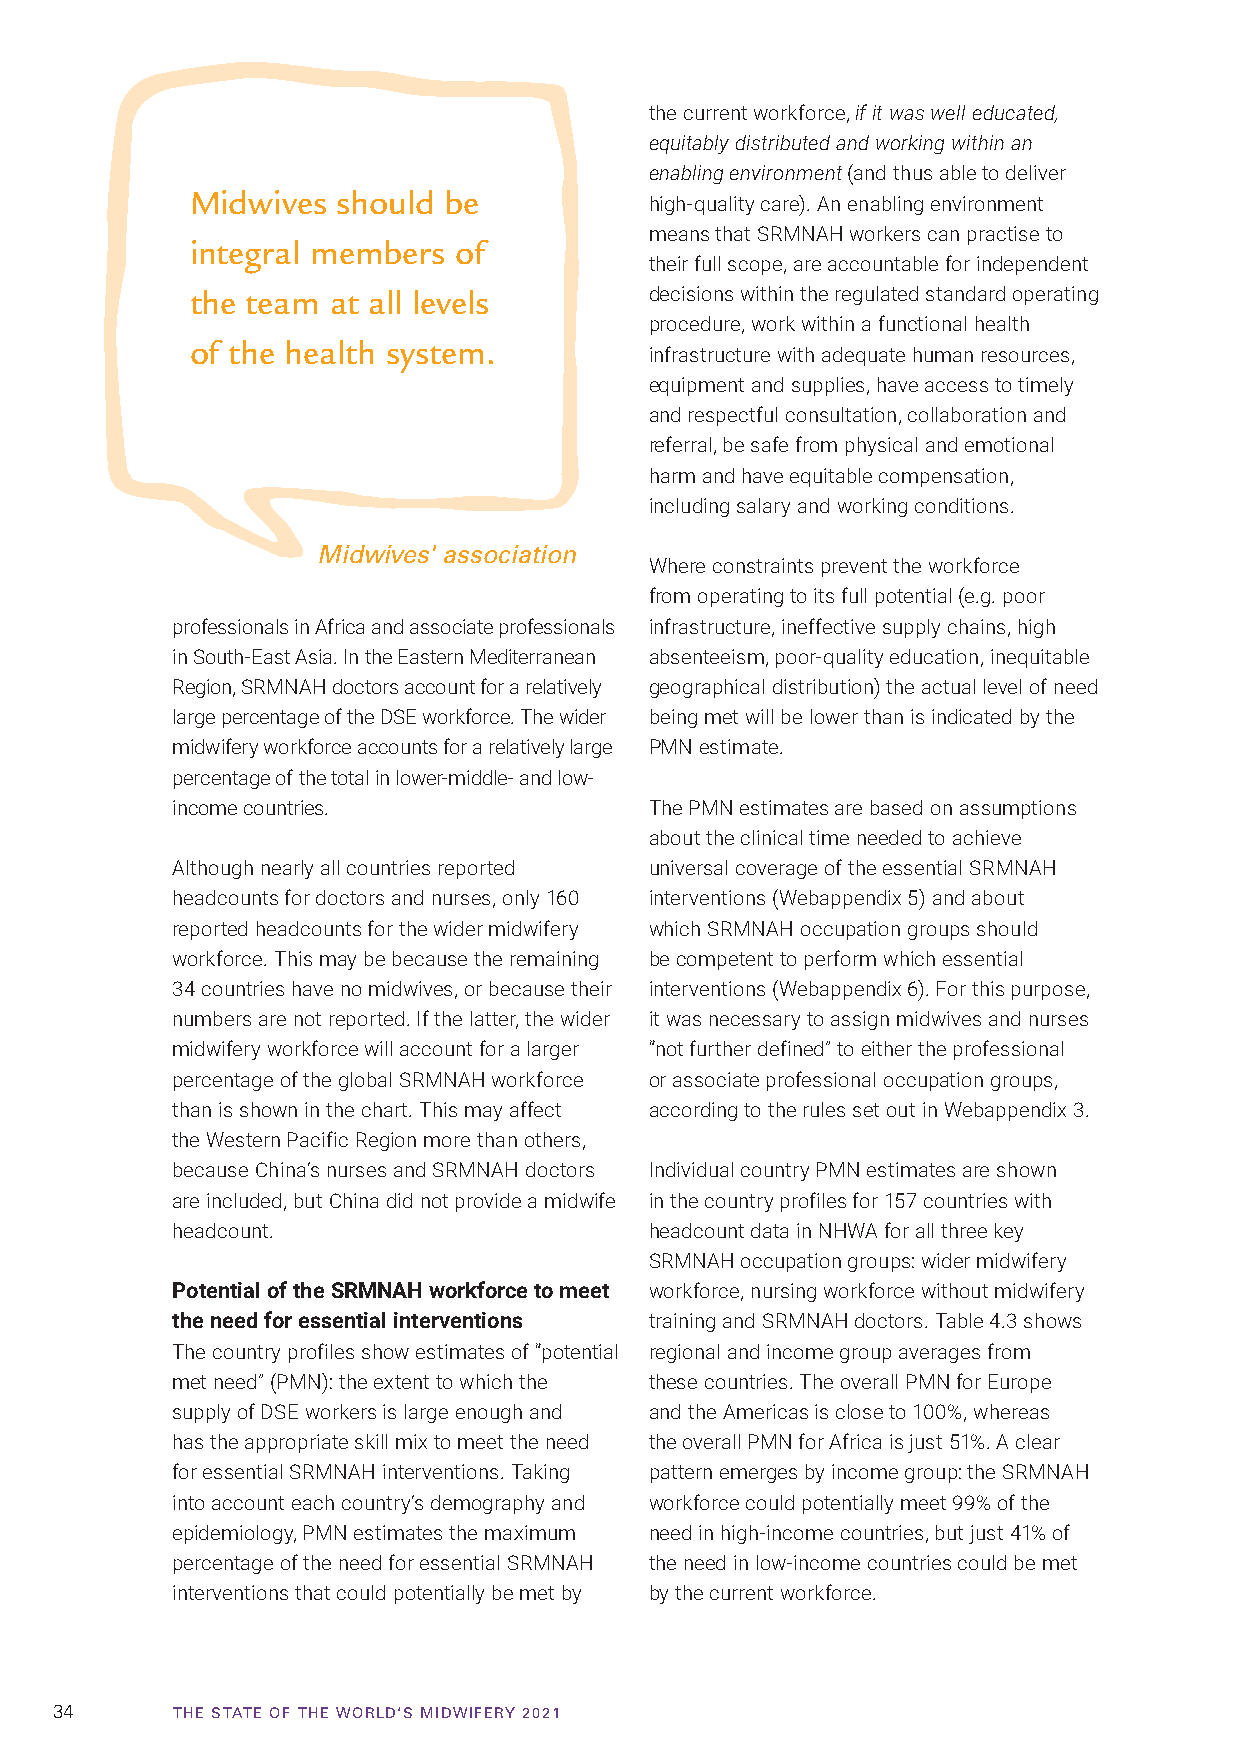
the current workforce, if it was well educated,
 equitably distributed and working within an
 enabling environment (and thus able to deliver
 Midwives should be
 high-quality care). An enabling environment
 means that SRMNAH workers can practise to
 integral members of
 their full scope, are accountable for independent
 the team at all levels        decisions within the regulated standard operating
 procedure, work within a functional health
 of the health system.
 infrastructure with adequate human resources,
 equipment and supplies, have access to timely
 and respectful consultation, collaboration and
 referral, be safe from physical and emotional
 harm and have equitable compensation,
 including salary and working conditions.
 Midwives' association
 Where constraints prevent the workforce
 from operating to its full potential (e.g. poor
 professionals in Africa and associate professionals infrastructure, ineffective supply chains, high
 in South-East Asia. In the Eastern Mediterranean absenteeism, poor-quality education, inequitable
 Region, SRMNAH doctors account for a relatively geographical distribution) the actual level of need
 large percentage of the DSE workforce. The wider being met will be lower than is indicated by the
 midwifery workforce accounts for a relatively large PMN estimate.
 percentage of the total in lower-middle- and low-
 income countries.               The PMN estimates are based on assumptions
 about the clinical time needed to achieve
 Although nearly all countries reported universal coverage of the essential SRMNAH
 headcounts for doctors and nurses, only 160 interventions (Webappendix 5) and about
 reported headcounts for the wider midwifery which SRMNAH occupation groups should
 workforce. This may be because the remaining be competent to perform which essential
 34 countries have no midwives, or because their interventions (Webappendix 6). For this purpose,
 numbers are not reported. If the latter, the wider it was necessary to assign midwives and nurses
 midwifery workforce will account for a larger “not further defined” to either the professional
 percentage of the global SRMNAH workforce or associate professional occupation groups,
 than is shown in the chart. This may affect according to the rules set out in Webappendix 3.
 the Western Pacific Region more than others,
 because China’s nurses and SRMNAH doctors Individual country PMN estimates are shown
 are included, but China did not provide a midwife in the country profiles for 157 countries with
 headcount.                      headcount data in NHWA for all three key
 SRMNAH occupation groups: wider midwifery
 Potential of the SRMNAH workforce to meet workforce, nursing workforce without midwifery
 the need for essential interventions training and SRMNAH doctors. Table 4.3 shows
 The country profiles show estimates of “potential regional and income group averages from
 met need” (PMN): the extent to which the these countries. The overall PMN for Europe
 supply of DSE workers is large enough and and the Americas is close to 100%, whereas
 has the appropriate skill mix to meet the need the overall PMN for Africa is just 51%. A clear
 for essential SRMNAH interventions. Taking pattern emerges by income group: the SRMNAH
 into account each country’s demography and workforce could potentially meet 99% of the
 epidemiology, PMN estimates the maximum need in high-income countries, but just 41% of
 percentage of the need for essential SRMNAH the need in low-income countries could be met
 interventions that could potentially be met by by the current workforce.
 34      TTHHEE SSTTAATTEE OOFF TTHHEE WWOORRLLDD‘‘SS MMIIDDWWIIFFEERRYY 22002211